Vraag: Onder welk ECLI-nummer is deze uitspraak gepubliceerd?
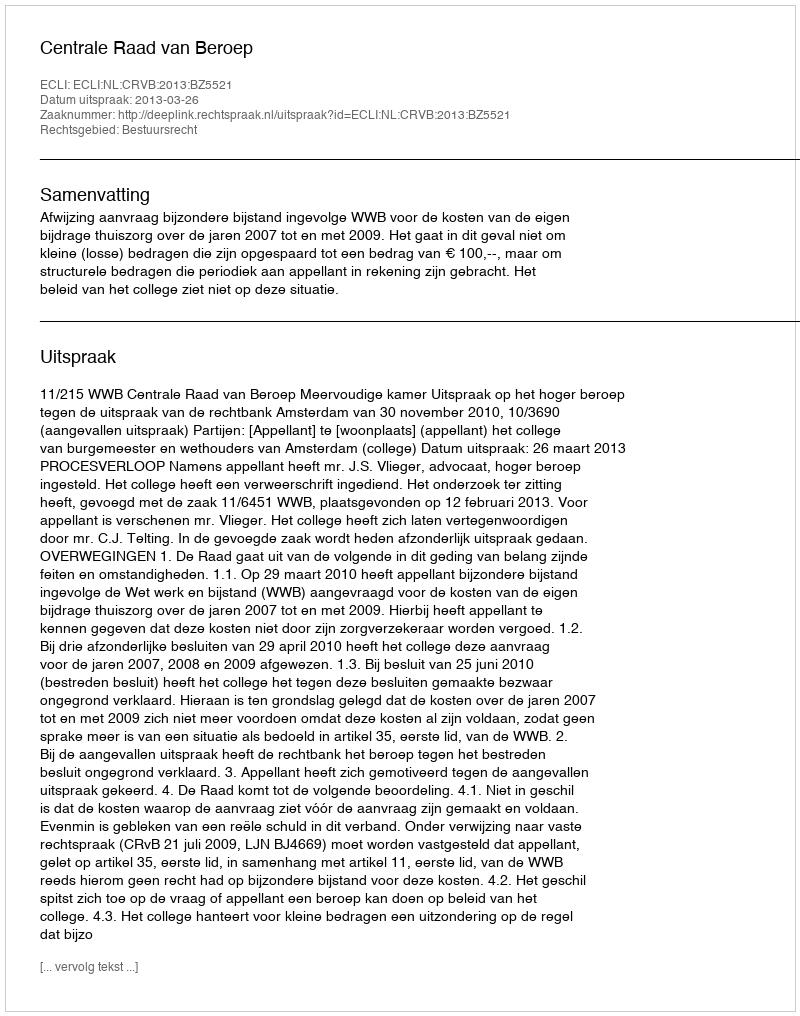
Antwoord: ECLI:NL:CRVB:2013:BZ5521